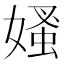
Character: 𡠁